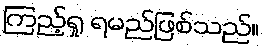
ကြည့်ရှု ရမည်ဖြစ်သည်။